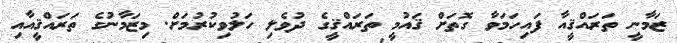
ޒަމާނީ ތަރައްޤީއާ ފައިހަމަވާ ގޮތަށް ޤައުމީ ތަރައްޤީގެ ދުވެލި ހަލުވިކުރުމަށް. މިޒަމާނުގެ ތަރައްޤީއާއި